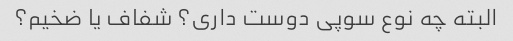
البته چه نوع سوپی دوست داری؟ شفاف یا ضخیم؟